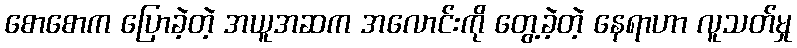
စောစောက ပြောခဲ့တဲ့ အယူအဆက အလောင်းကို တွေ့ခဲ့တဲ့ နေရာဟာ လူသတ်မှု